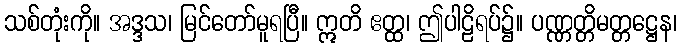
သစ်တုံးကို။ အဒ္ဒသ၊ မြင်တော်မူရပြီ။ ဣတိ ဧတ္ထ၊ ဤပါဠိရပ်၌။ ပဏ္ဏတ္တိမတ္တဋ္ဌေန၊